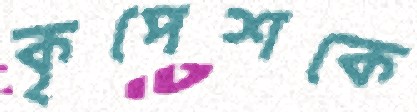
কৃপেশকে